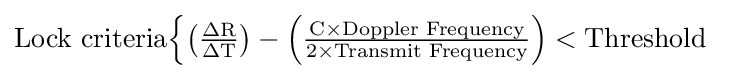
{\text{Lock criteria}}{\begin{cases}\mathrm {\left({\frac {\Delta R}{\Delta T}}\right)-\left({\frac {C\times {\text{Doppler  Frequency}}}{2\times {\text{Transmit  Frequency}}}}\right)<{\text{Threshold}}} \end{cases}}